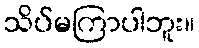
သိပ်မကြာပါဘူး။